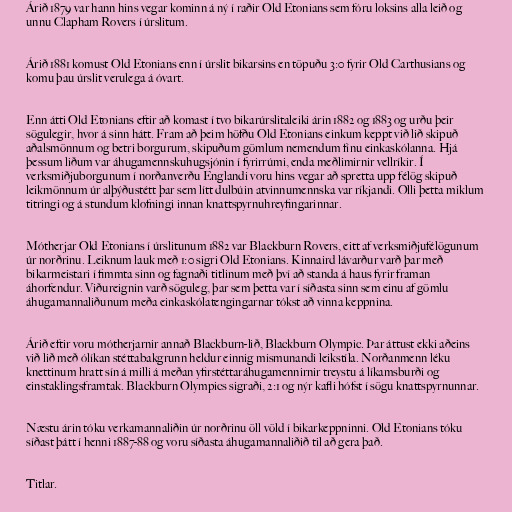
Árið 1879 var hann hins vegar kominn á ný í raðir Old Etonians sem fóru loksins alla leið og
unnu Clapham Rovers í úrslitum.

Árið 1881 komust Old Etonians enn í úrslit bikarsins en töpuðu 3:0 fyrir Old Carthusians og
komu þau úrslit verulega á óvart.

Enn átti Old Etonians eftir að komast í tvo bikarúrslitaleiki árin 1882 og 1883 og urðu þeir
sögulegir, hvor á sinn hátt. Fram að þeim höfðu Old Etonians einkum keppt við lið skipuð
aðalsmönnum og betri borgurum, skipuðum gömlum nemendum fínu einkaskólanna. Hjá
þessum liðum var áhugamennskuhugsjónin í fyrirrúmi, enda meðlimirnir vellríkir. Í
verksmiðjuborgunum í norðanverðu Englandi voru hins vegar að spretta upp félög skipuð
leikmönnum úr alþýðustétt þar sem lítt dulbúin atvinnumennska var ríkjandi. Olli þetta miklum
titringi og á stundum klofningi innan knattspyrnuhreyfingarinnar.

Mótherjar Old Etonians í úrslitunum 1882 var Blackburn Rovers, eitt af verksmiðjufélögunum
úr norðrinu. Leiknum lauk með 1:0 sigri Old Etonians. Kinnaird lávarður varð þar með
bikarmeistari í fimmta sinn og fagnaði titlinum með því að standa á haus fyrir framan
áhorfendur. Viðureignin varð söguleg, þar sem þetta var í síðasta sinn sem einu af gömlu
áhugamannaliðunum meða einkaskólatengingarnar tókst að vinna keppnina.

Árið eftir voru mótherjarnir annað Blackburn-lið, Blackburn Olympic. Þar áttust ekki aðeins
við lið með ólíkan stéttabakgrunn heldur einnig mismunandi leikstíla. Norðanmenn léku
knettinum hratt sín á milli á meðan yfirstéttaráhugamennirnir treystu á líkamsburði og
einstaklingsframtak. Blackburn Olympics sigraði, 2:1 og nýr kafli hófst í sögu knattspyrnunnar.

Næstu árin tóku verkamannaliðin úr norðrinu öll völd í bikarkeppninni. Old Etonians tóku
síðast þátt í henni 1887-88 og voru síðasta áhugamannaliðið til að gera það.

Titlar.